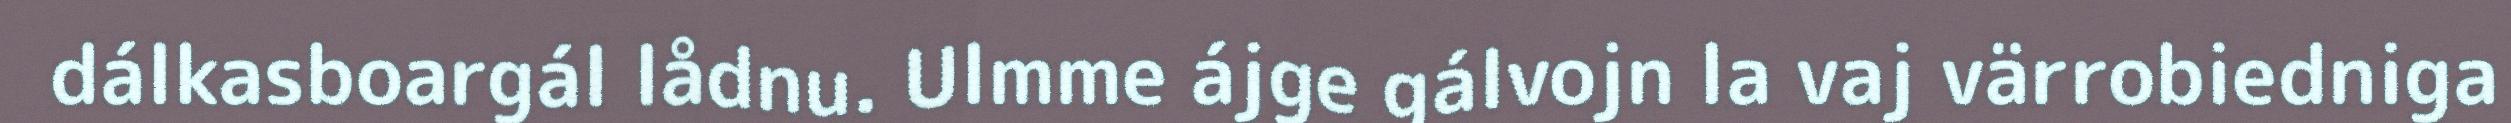
dálkasboargál lådnu. Ulmme ájge gálvojn la vaj värrobiedniga